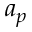
a _ { p }